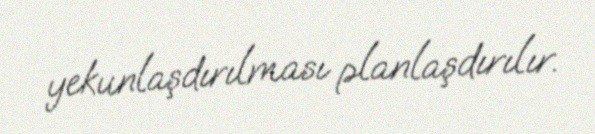
yekunlaşdırılması planlaşdırılır.